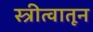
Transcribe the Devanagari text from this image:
स्त्रीत्वातून